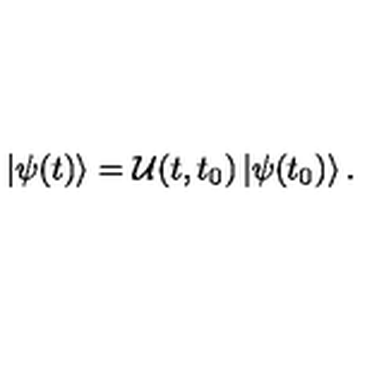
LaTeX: \left| \psi ( t ) \right> = { \cal { U } } ( t , t _ { 0 } ) \left| \psi ( t _ { 0 } ) \right> .